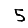
Digit: 5